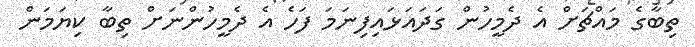
ތިބާގެ މައްޗަށް އެ ދެމީހުން ގަދައަޅައިފިނަމަ ފަހެ އެ ދެމީހުންނަށް ތިބާ ކިޔަމަން